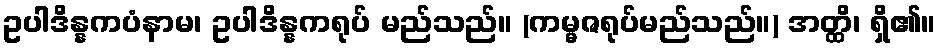
ဥပါဒိန္နကပံနာမ၊ ဥပါဒိန္နကရုပ် မည်သည်။ (ကမ္မဇရုပ်မည်သည်။) အတ္ထိ၊ ရှိ၏။